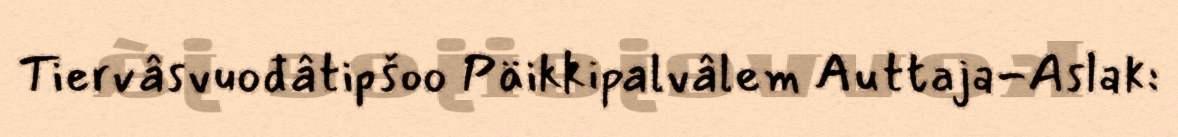
Tiervâsvuođâtipšoo Päikkipalvâlem Auttaja-Aslak: